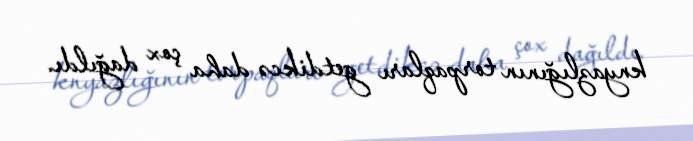
knyazlığının torpaqları getdikcə daha çox dağıldı.